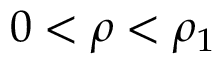
0 < \rho < \rho _ { 1 }